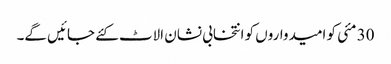
30 مئی کو امیدواروں کو انتخابی نشان الاٹ کئے جائیں گے۔